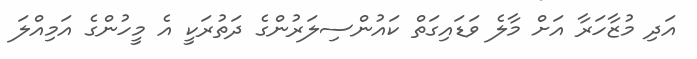
އަދި މުޒާހަރާ އަށް މާލެ ވަޑައިގަތް ކައުންސިލަރުންގެ ދަތުރަކީ އެ މީހުންގެ އަމިއްލަ